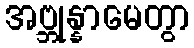
အဗ္ဘုန္နာမေတွာ